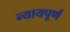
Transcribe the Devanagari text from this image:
न्‍यायपूर्ण